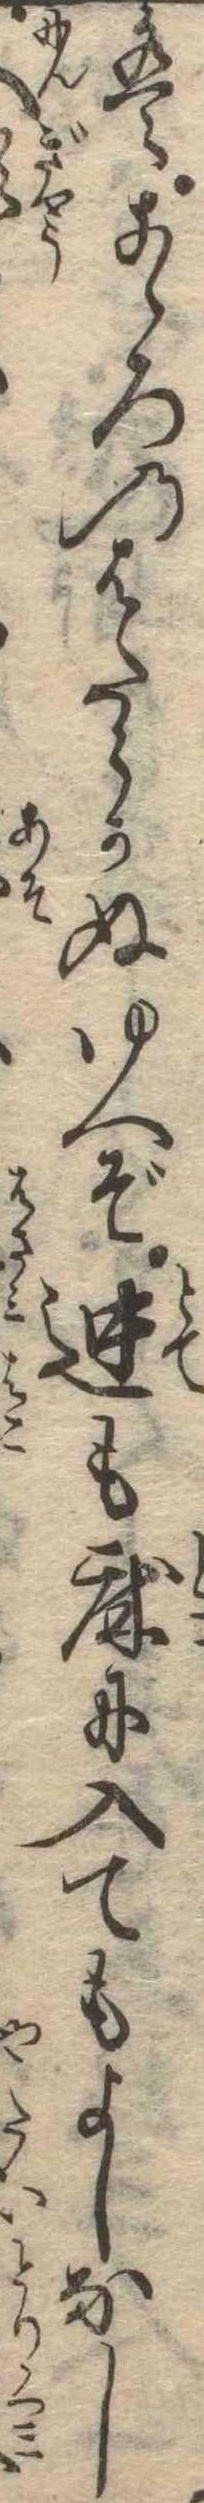
はこゝろのはたらかぬゆへぞ迚も床に入てもよしなし